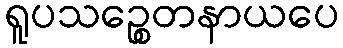
ရူပသဉ္စေတနာယပေ